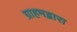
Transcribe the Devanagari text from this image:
ग्राहमद्वारा